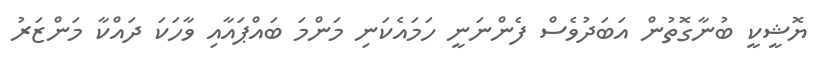
ޔޮޝީކީ ބުނާގޮތުން އަބަދުވެސް ފެންނަނީ ހަމައެކަނި މަންމަ ބައްޕައާއި ވާހަކަ ދައްކާ މަންޒަރު